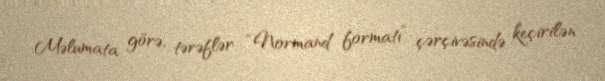
Məlumata görə, tərəflər “Normand formatı” çərçivəsində keçirilən